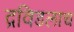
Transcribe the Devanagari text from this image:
द्रविडलाच